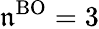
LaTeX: \mathfrak{n}^{\mathrm{{BO}}}=3